system: You are a helpful assistant.
user:
Analyze the provided spectrum to determine if it is a **Carbon Star (C-type)**.

- **Key Visual Indicators of Carbon Star:**
    - **(Primary):** Strong molecular absorption from **C₂ (diatomic carbon) "Swan Bands."** This is the **defining feature** of a carbon star.
        - **(Key Bandheads):** Sharp absorption edges are visible at approximately $5635$ Å, $5165$ Å (the strongest band), and $4737$ Å.
        - **(Line Profile):** Creates a distinct **"saw-tooth"** pattern. The key morphology is a sharp, steep bandhead on the **red (long-wavelength) side**, which then gradually tapers off (i.e., flux recovers) towards the **blue (short-wavelength) side**. *(This is the direct opposite of the TiO bands seen in M-type stars)*.

    - **(Secondary):** Intense **CN (cyanogen)** molecular absorption bands.
        - **(Key Bandheads):** Located in the blue and violet regions of the spectrum (e.g., near $4215$ Å and $3883$ Å).
        - **(Morphology):** These bands are extremely broad and act as a "blanket," absorbing the vast majority of blue and violet light. This creates a characteristic **"cliff"** or **"steep drop-off"** in the spectrum's flux at short wavelengths.

    - **(Key Confirmation):** Strong **CH absorption band (G-band)**.
        - **(Key Bandhead):** Located around $4300$ Å. The contribution from CH molecules to this band is exceptionally strong.

    - **(Overall Spectrum):**
        - The continuum is severely "chopped up" by these deep molecular bands, especially C₂, rather than appearing as a smooth curve.
        - Due to the heavy CN and C₂ absorption in the blue-green, the vast majority of the star's flux is concentrated in the red part of the spectrum, giving the star its characteristic deep red color.

Think first, call **spectral_visualization_tool** if needed to examine features in detail, then provide your final answer. Your response must adhere to the following strict rules:
1.  **Overall Structure:** Your response must follow the format `<think>...</think> <tool_call>...</tool_call> (if a tool is used) <answer>...</answer>`.
2.  **Tool Usage Constraint:** You may only make **one** tool call per turn.
3.  **Final Answer Format:** In the `<answer>` tag, your conclusion must be inside a `\boxed{}` command (e.g., `\boxed{YES}`), followed by your justification.

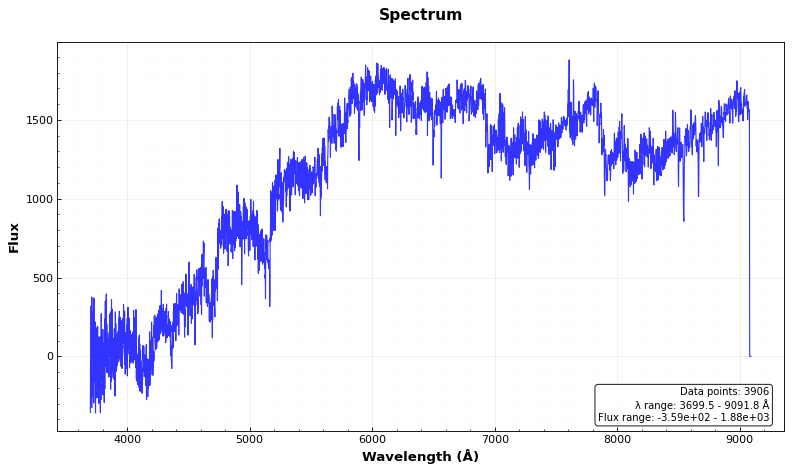
Answer: YES